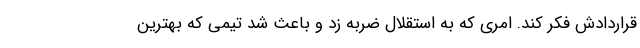
قراردادش فکر کند. امری که به استقلال ضربه زد و باعث شد تیمی که بهترین